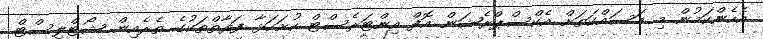
އެހެންކަމުން މި މަސައްކަތަށް އެކްސްޕްރެޝަން އޮފް އިންޓަރެސްޓް ހުށަހަޅާ ފަރާތްތަކުގެ ތެރެއިން ޝޯޓްލިސްޓް